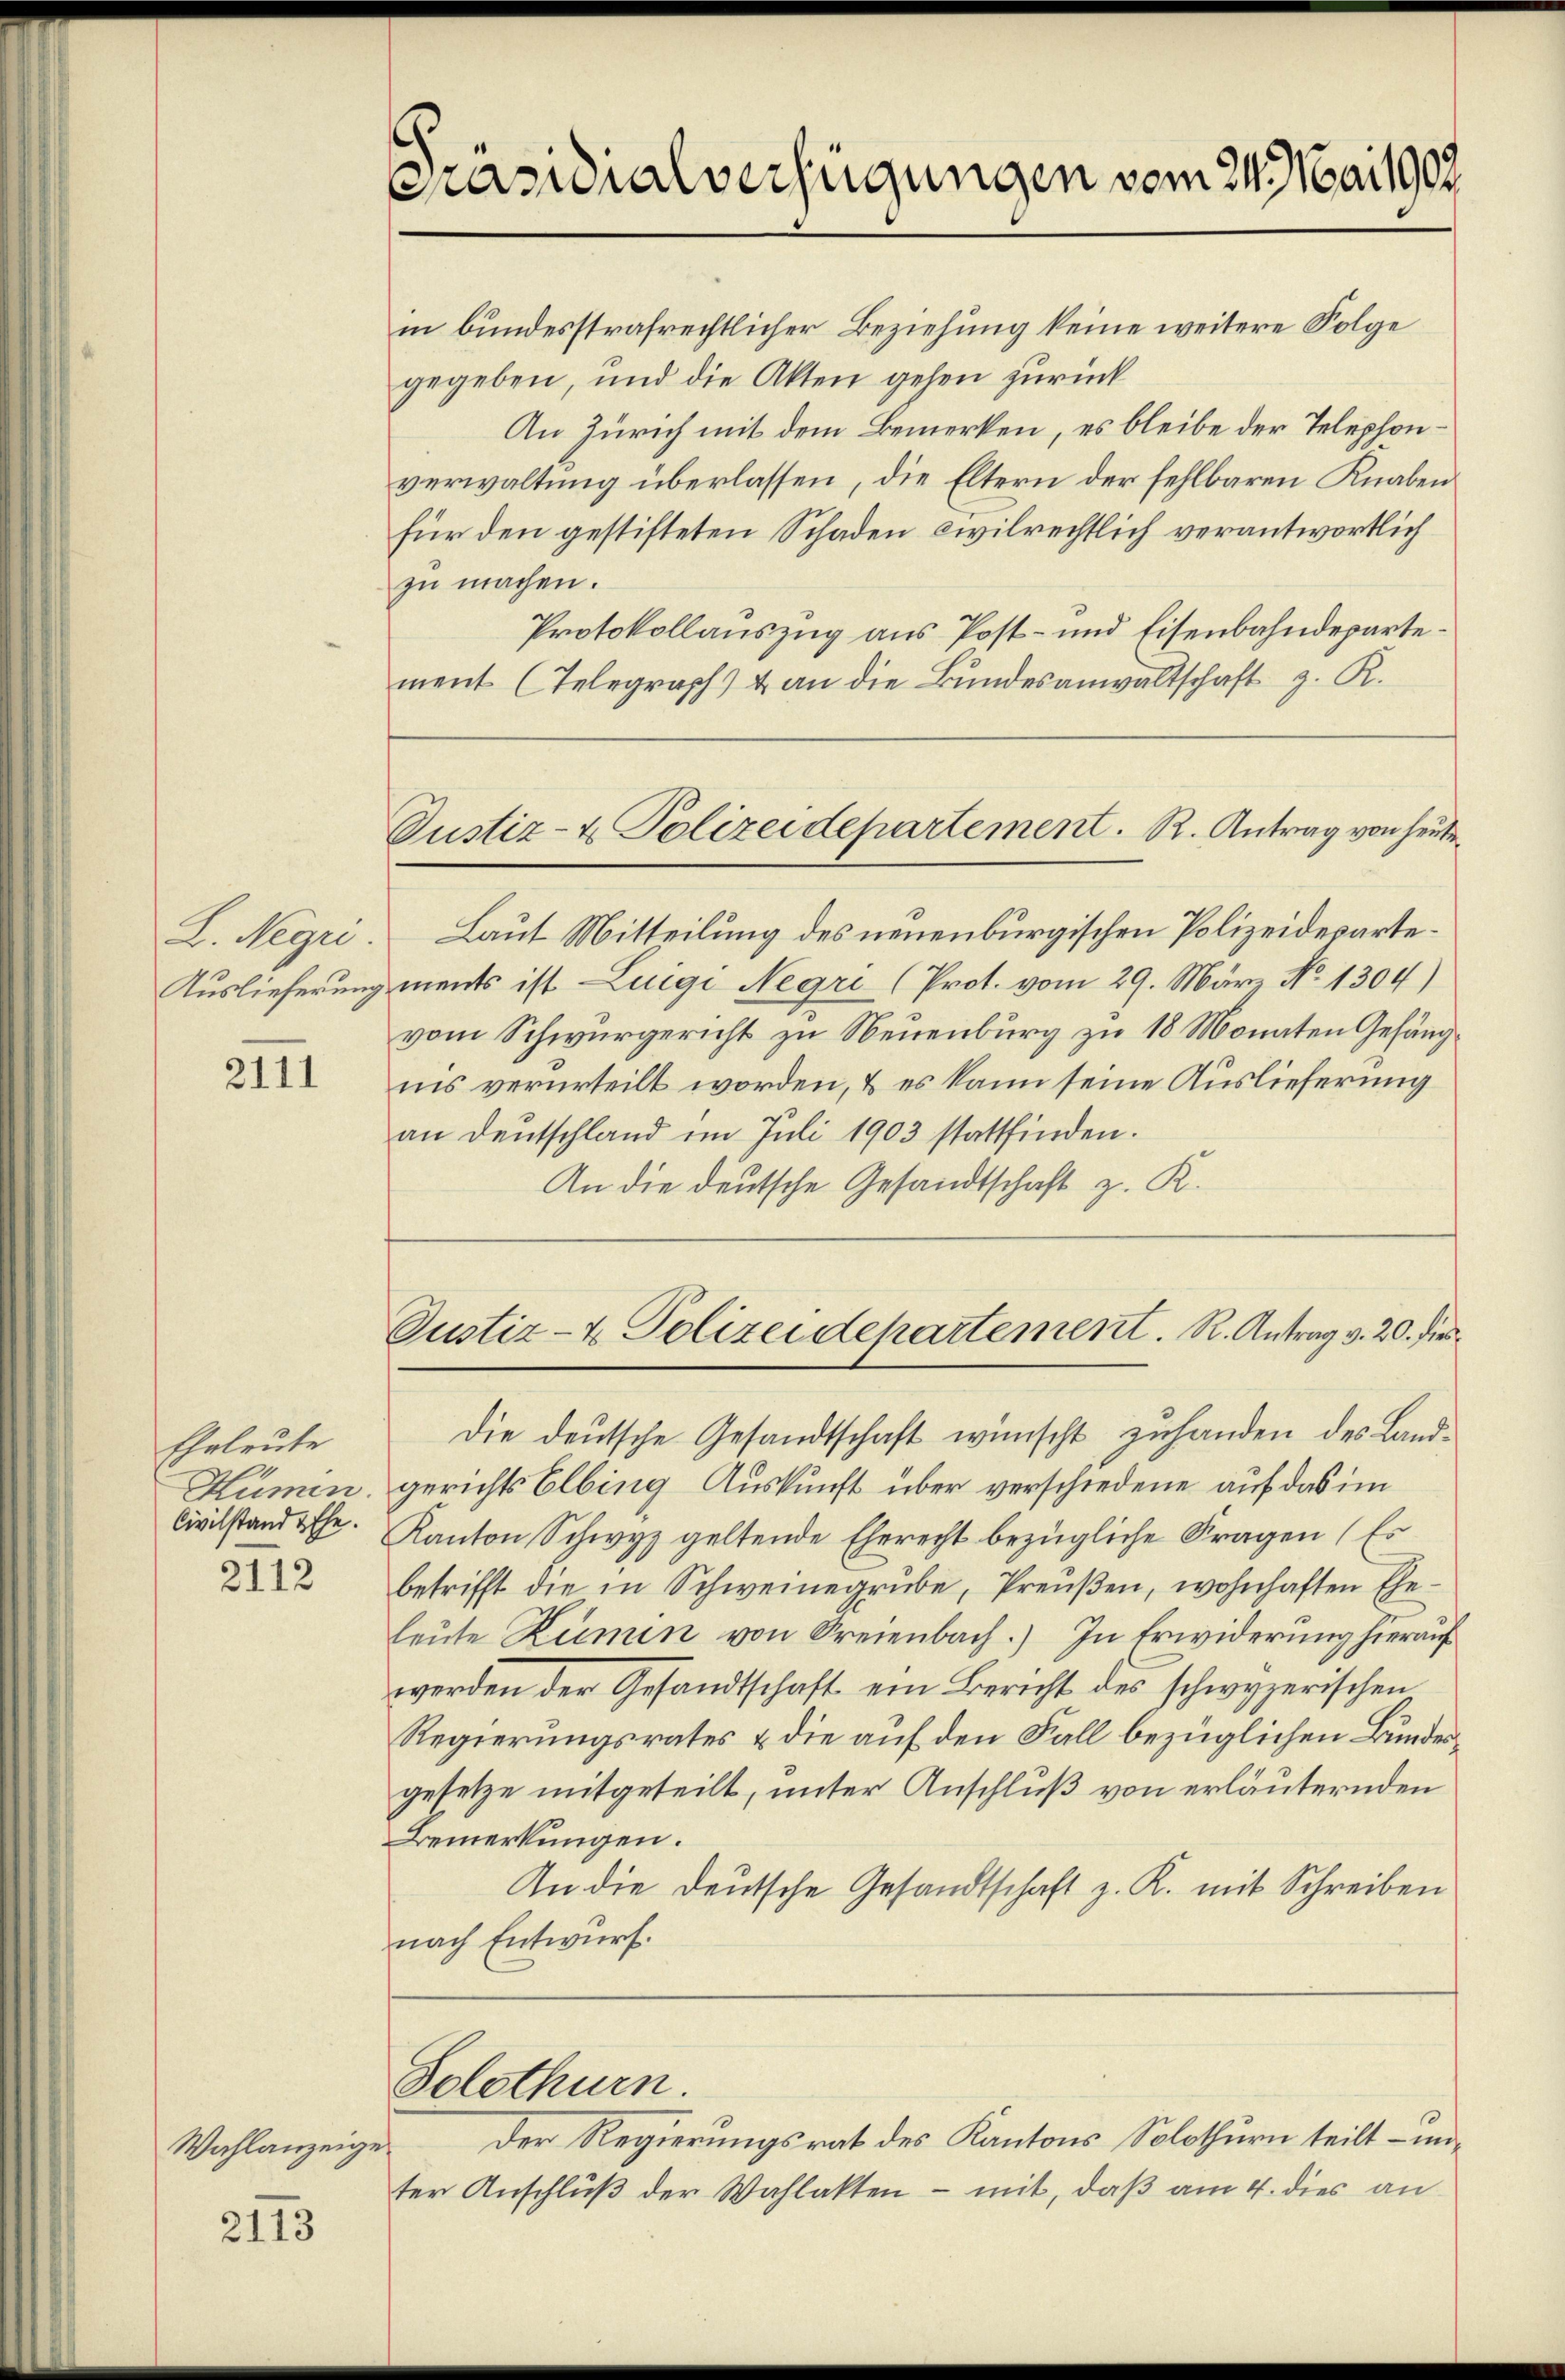
L. Negr.
Auslieferung

2111

Eheleute
Hümen.
Civilstand Ehe.

2112

Wahlanzeige

2113

Präsidialverfügungen vom 24. Mai 1907.

Justiz- & Polizeidepartement. R. Antrag von heute

in bundesstrafrechtlicher Beziehung keine weitere Folge
gegeben, und die Akten gehen zurück
An Zürich mit dem Bemerken, es bleibe der Telephonverwaltung überlassen, die Eltern der fehlbaren Knaben
für den gestifteten Schaden civilrechtlich verantwortlich
zu machen.
Protokollauszug aus Post- und Eisenbahndepartement (Telegraph) & an die Bundesanwaltschaft z. R.
Laut Mitteilung des neuenburgischen Polizeidepartements ist Luigi Negre (Prot. vom 29. März No. 1304)
vom Schwurgericht zu Neuenburg zu 18 Monaten Gefäng
ins verurteilt worden, & es kann seine Auslieferung
an Deutschland im Juli 1903 stattfinden.
An die deutsche Gesandtschaft z. K.
Justiz- & Polizeidepartement. R. Antrag v. 20. dies
Die deutsche Gesandtschaft wünscht zuhanden des Landgerichts Elbing Auskunft über verschiedene auf das im
Kanton Schwyz geltende Eherecht bezügliche Fragen (Es
betrifft die in Schweinegrube, Preußen, wohnhaften Eheleŭte Zumen von Freienbach.) In Erwiderung hierauf
werden der Gesandtschaft ein Bericht des schwyzerischen
Regierungsrates & die auf den Fall bezüglichen Bundesgesetze mitgeteilt, unter Anschluß von erläuternden
Bemerkungen.
An die Deutsche Gesandtschaft z. K. mit Schreiben
nach Entwurf.
Solothurn.
Der Regierungsrat des Kantons Solothurn teilt - mi
ter Anschluß der Wahlakten – mit, daß am 4. dies an